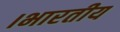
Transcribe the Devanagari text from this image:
।भारतीय